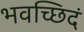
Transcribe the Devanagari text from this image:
भवच्छिदं